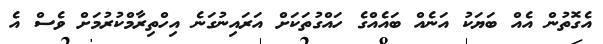
އެގޮތުން އެއް ބަޔަކު އަނެއް ބައެއްގެ ހައްގުތަކަށް އަރައިނުގަނެ އިހްތިރާމްކުރުމަށް ވެސް އެ